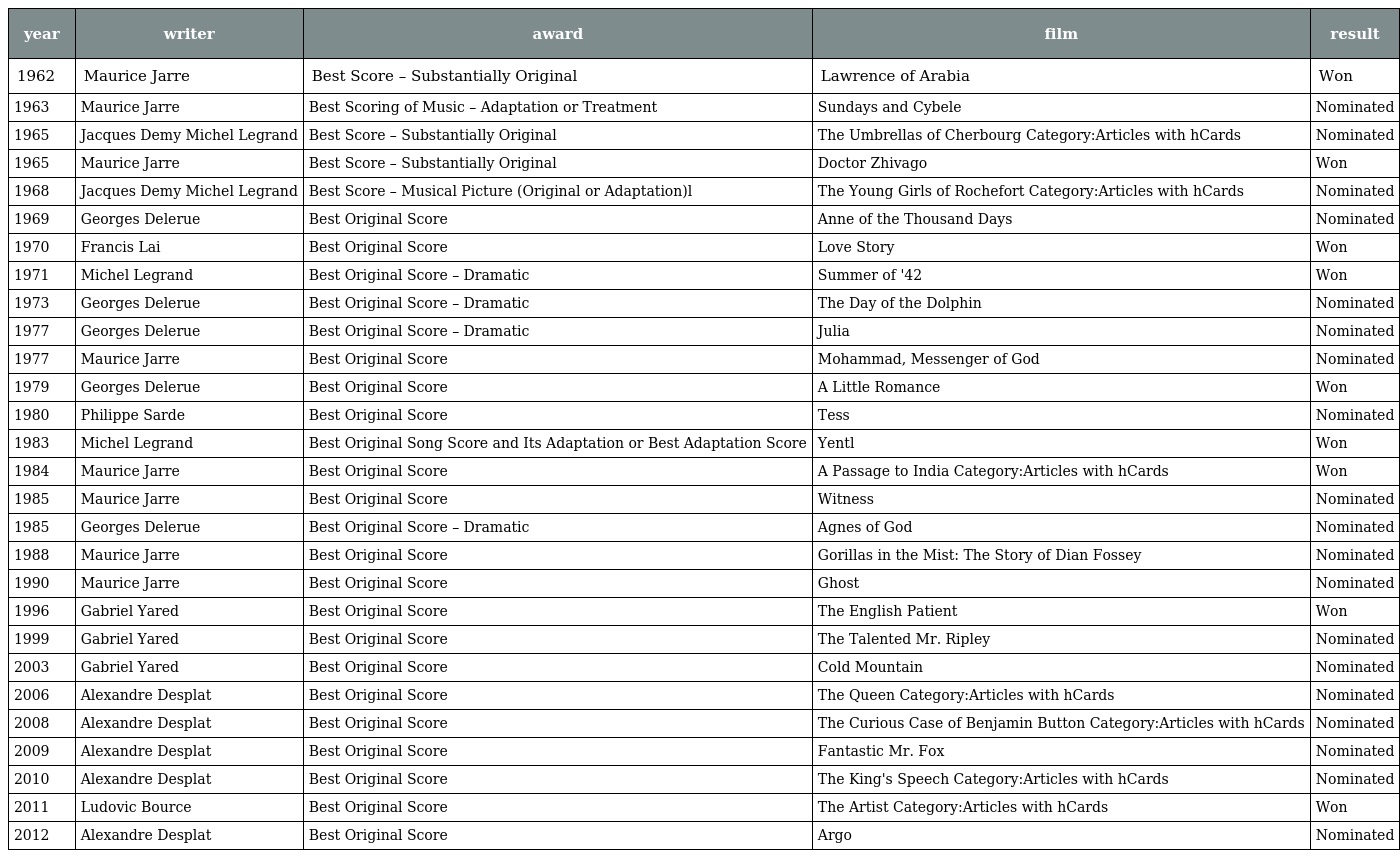
| year | writer | award | film | result |
 | --- | --- | --- | --- | --- |
 | 1962 | Maurice Jarre | Best Score – Substantially Original | Lawrence of Arabia | Won |
 | 1963 | Maurice Jarre | Best Scoring of Music – Adaptation or Treatment | Sundays and Cybele | Nominated |
 | 1965 | Jacques Demy Michel Legrand | Best Score – Substantially Original | The Umbrellas of Cherbourg Category:Articles with hCards | Nominated |
 | 1965 | Maurice Jarre | Best Score – Substantially Original | Doctor Zhivago | Won |
 | 1968 | Jacques Demy Michel Legrand | Best Score – Musical Picture (Original or Adaptation)l | The Young Girls of Rochefort Category:Articles with hCards | Nominated |
 | 1969 | Georges Delerue | Best Original Score | Anne of the Thousand Days | Nominated |
 | 1970 | Francis Lai | Best Original Score | Love Story | Won |
 | 1971 | Michel Legrand | Best Original Score – Dramatic | Summer of '42 | Won |
 | 1973 | Georges Delerue | Best Original Score – Dramatic | The Day of the Dolphin | Nominated |
 | 1977 | Georges Delerue | Best Original Score – Dramatic | Julia | Nominated |
 | 1977 | Maurice Jarre | Best Original Score | Mohammad, Messenger of God | Nominated |
 | 1979 | Georges Delerue | Best Original Score | A Little Romance | Won |
 | 1980 | Philippe Sarde | Best Original Score | Tess | Nominated |
 | 1983 | Michel Legrand | Best Original Song Score and Its Adaptation or Best Adaptation Score | Yentl | Won |
 | 1984 | Maurice Jarre | Best Original Score | A Passage to India Category:Articles with hCards | Won |
 | 1985 | Maurice Jarre | Best Original Score | Witness | Nominated |
 | 1985 | Georges Delerue | Best Original Score – Dramatic | Agnes of God | Nominated |
 | 1988 | Maurice Jarre | Best Original Score | Gorillas in the Mist: The Story of Dian Fossey | Nominated |
 | 1990 | Maurice Jarre | Best Original Score | Ghost | Nominated |
 | 1996 | Gabriel Yared | Best Original Score | The English Patient | Won |
 | 1999 | Gabriel Yared | Best Original Score | The Talented Mr. Ripley | Nominated |
 | 2003 | Gabriel Yared | Best Original Score | Cold Mountain | Nominated |
 | 2006 | Alexandre Desplat | Best Original Score | The Queen Category:Articles with hCards | Nominated |
 | 2008 | Alexandre Desplat | Best Original Score | The Curious Case of Benjamin Button Category:Articles with hCards | Nominated |
 | 2009 | Alexandre Desplat | Best Original Score | Fantastic Mr. Fox | Nominated |
 | 2010 | Alexandre Desplat | Best Original Score | The King's Speech Category:Articles with hCards | Nominated |
 | 2011 | Ludovic Bource | Best Original Score | The Artist Category:Articles with hCards | Won |
 | 2012 | Alexandre Desplat | Best Original Score | Argo | Nominated |